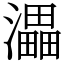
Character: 㵽